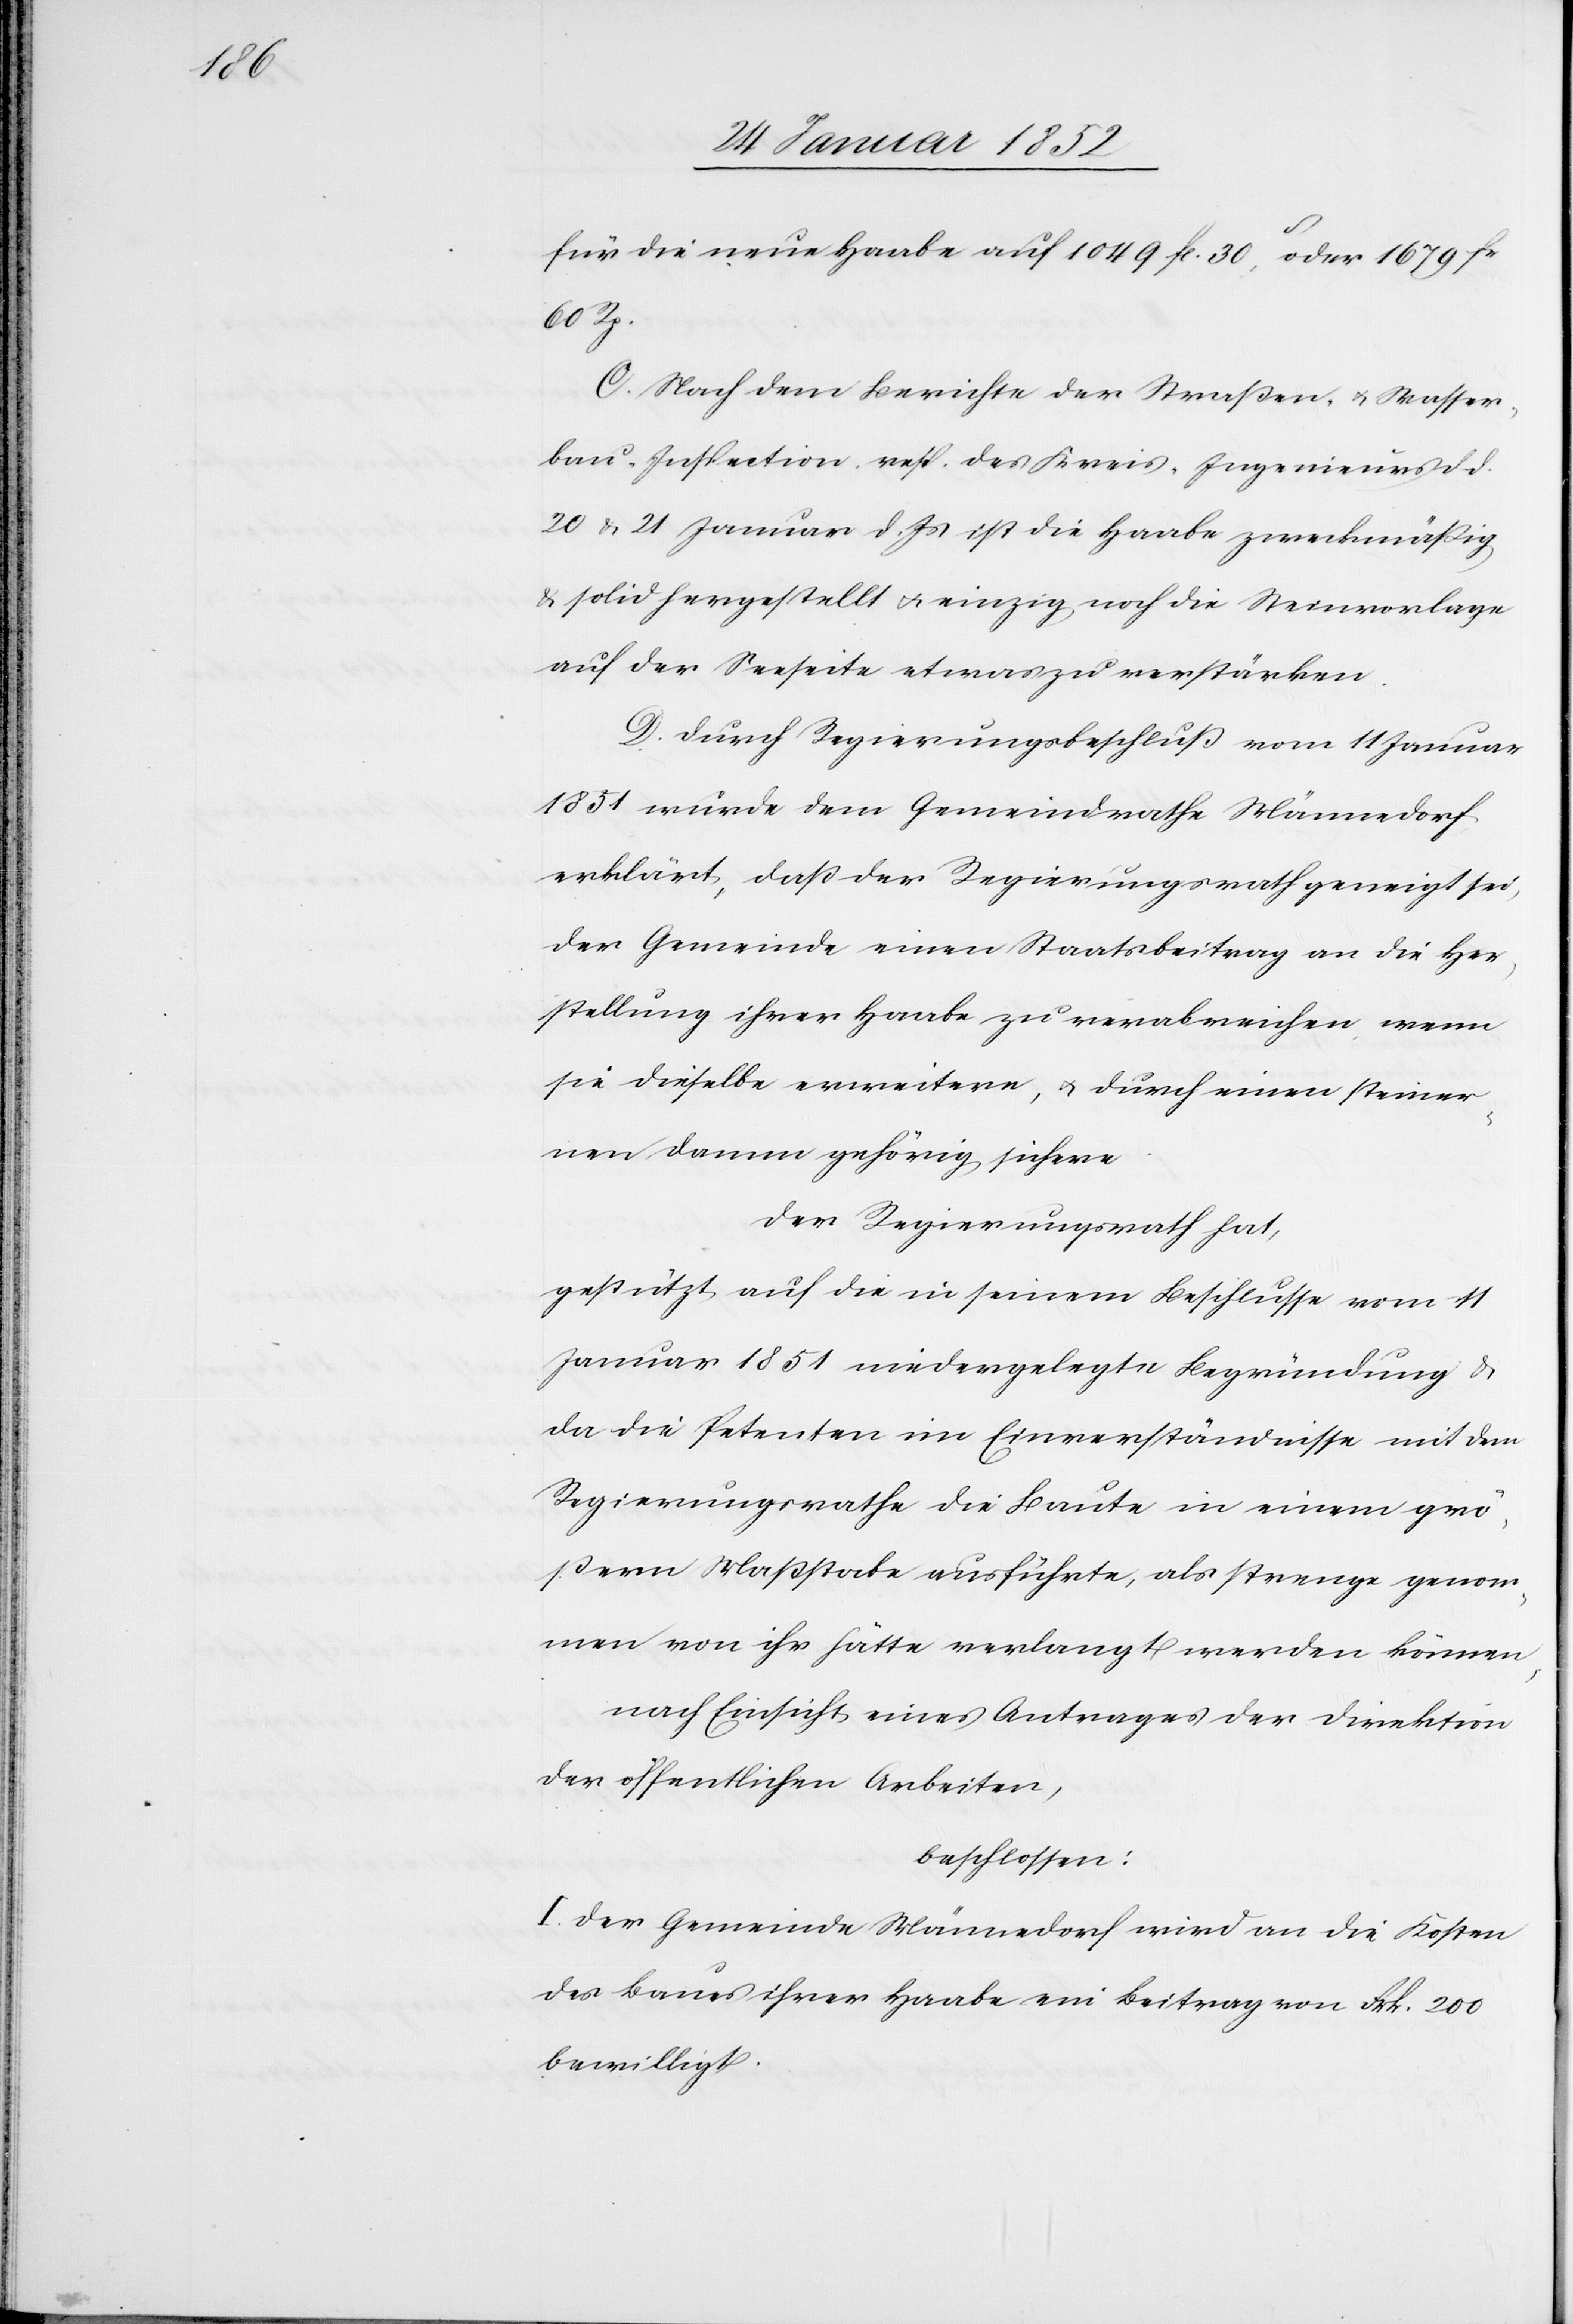
für die neue Haabe auf 1049 fl. 30, oder 1679 fr
60 Rp.
C. Nach dem Berichte der Straßen- u. Wasser¬
bau-Inspection, resp. des Kreis-Ingenieurs d. d.
20 u. 21 Januar d. Js ist die Haabe zweckmäßig
u. solid hergestellt u. einzig noch die Steinvorlage
auf der Seeseite etwas zu verstärken.
D. Durch Regierungsbeschluß vom 11 Januar
1851 wurde dem Gemeindrathe Männedorf
erklärt, daß der Regierungsrath geneigt sei,
der Gemeinde einen Staatsbeitrag an die Her¬
stellung ihrer Haabe zu verabreichen wenn
sie dieselbe erweitern, u. durch einen steiner¬
nen Damm gehörig sichere.
Der Regierungsrath hat,
gestützt auf die in seinem Beschlusse vom 11
Januar 1851 niedergelegte Begründung u.
da die Petenten im Einverständnisse mit dem
Regierungsrathe die Baute in einem grö¬
ßern Maßstocke ausführte, als strenge genom¬
men von ihr hätte verlangt werden können,
nach Einsicht eines Antrages der Direktion
der öffentlichen Arbeiten,
beschlossen:
I. Der Gemeinde Männedorf wird an die Kosten
des Baues ihrer Haabe ein Beitrag von Frk. 200
bewilligt.